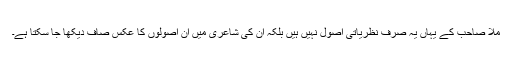
ملّا صاحب کے یہاں یہ صرف نظریاتی اصول نہیں ہیں بلکہ ان کی شاعری میں ان اصولوں کا عکس صاف دیکھا جا سکتا ہے۔